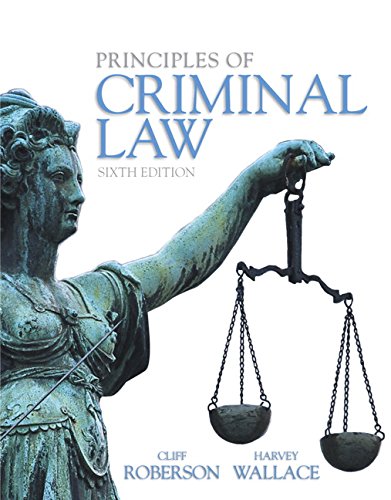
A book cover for Principles of Criminal Law (6th Edition); Harvey Wallace; Law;